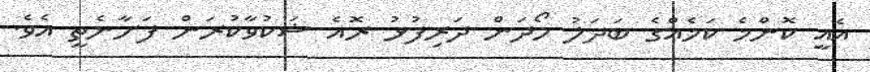
އެއީ ކޮންމެ ކަމެއްގެ ބަދަލު ހޯދަން ދަރިފުޅު ރޮއެ ޝަކުވާކުރަން ފަށާނެތީ އެވެ.